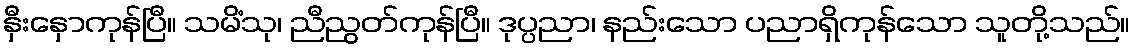
နှီးနှောကုန်ပြီ။ သမိံသု၊ ညီညွတ်ကုန်ပြီ။ ဒုပ္ပညာ၊ နည်းသော ပညာရှိကုန်သော သူတို့သည်။